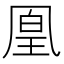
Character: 凰